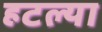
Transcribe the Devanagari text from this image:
हटल्या